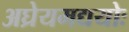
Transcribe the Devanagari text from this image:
अघ्रेयमद्ययोः